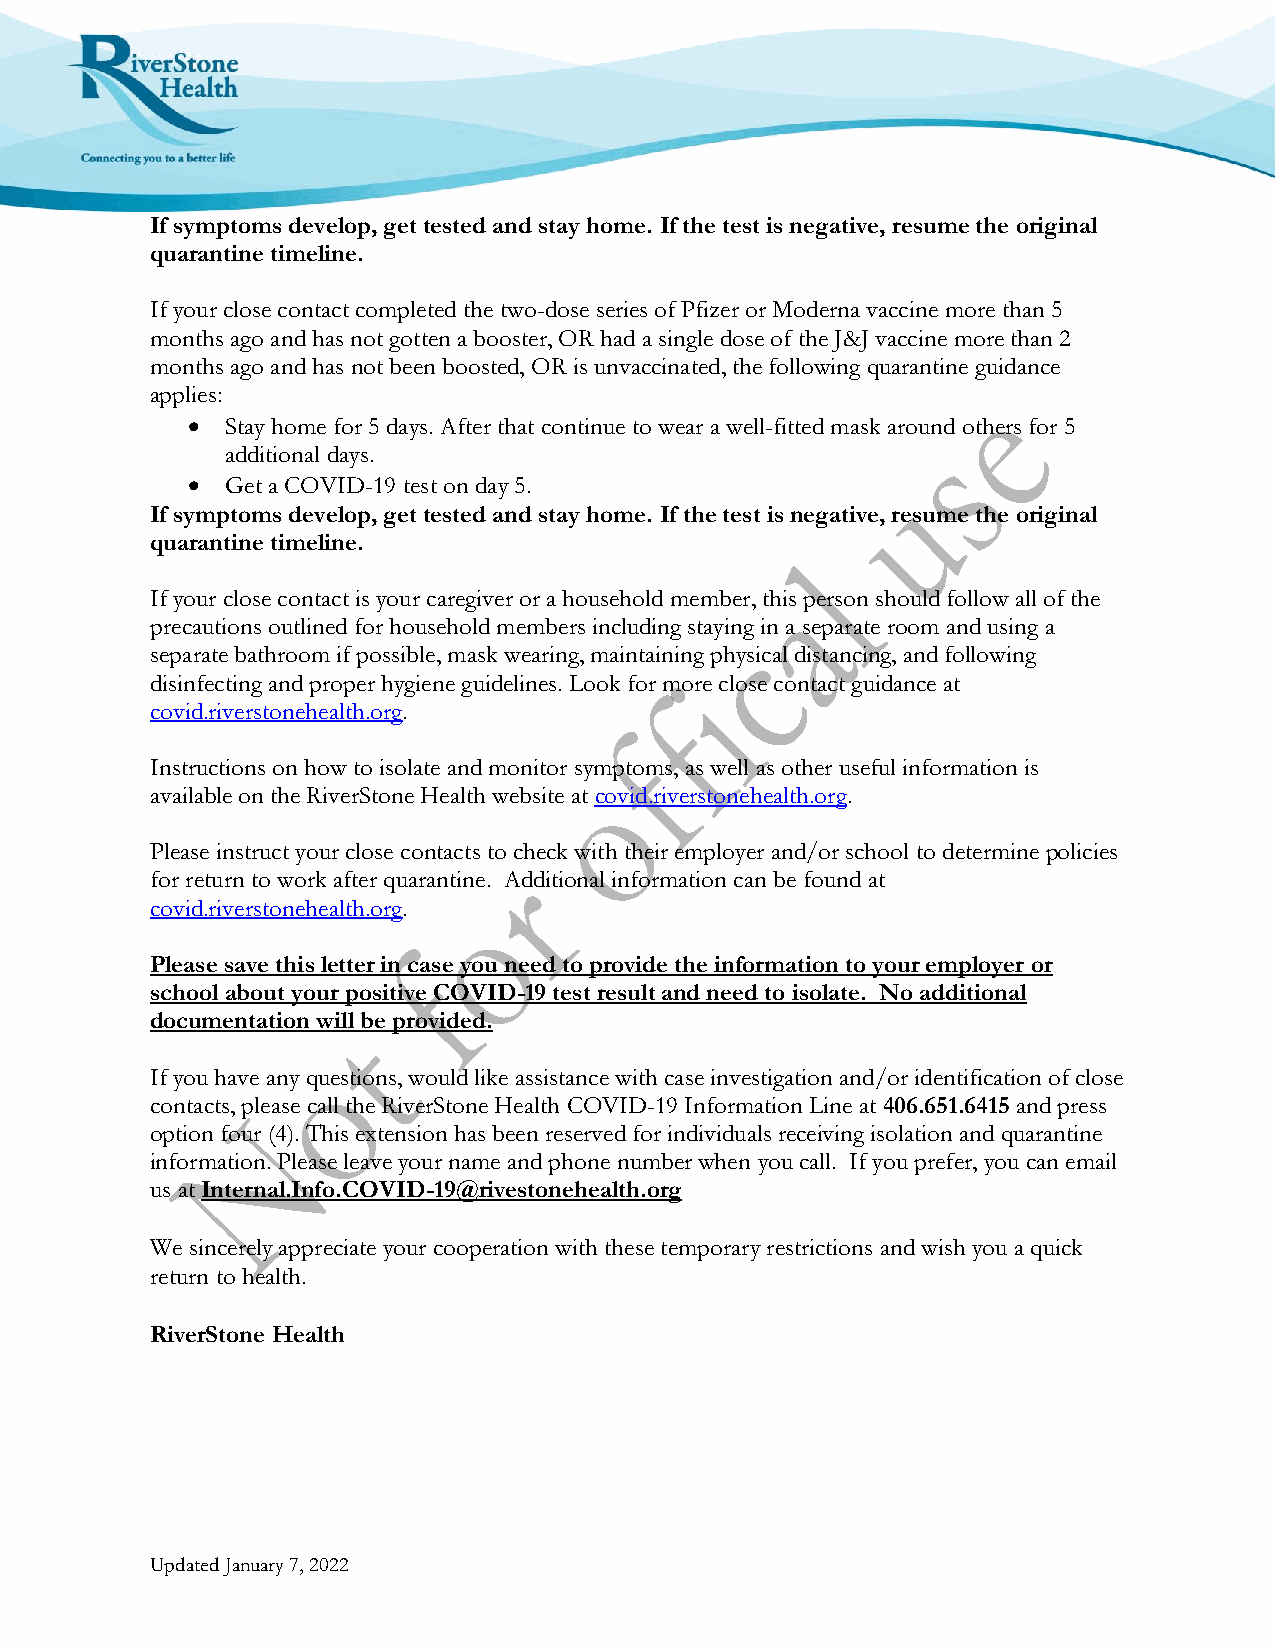
If symptoms develop, get tested and stay home. If the test is negative, resume the original
 quarantine timeline.
 If your close contact completed the two-dose series of Pfizer or Moderna vaccine more than 5
 months ago and has not gotten a booster, OR had a single dose of the J&J vaccine more than 2
 months ago and has not been boosted, OR is unvaccinated, the following quarantine guidance
 applies:
   Stay home for 5 days. After that continue to wear a well-fitted mask around others for 5
 additional days.
   Get a COVID-19 test on day 5.
 If symptoms develop, get tested and stay home. If the test is negative, resume the original
 quarantine timeline.
 If your close contact is your caregiver or a household member, this person should follow all of the
 precautions outlined for household members including staying in a separate room and using a
 separate bathroom if possible, mask wearing, maintaining physical distancing, and following
 disinfecting and proper hygiene guidelines. Look for more close contact guidance at
 covid.riverstonehealth.org.
 Instructions on how to isolate and monitor symptoms, as well as other useful information is
 available on the RiverStone Health website at covid.riverstonehealth.org.
 Please instruct your close contacts to check with their employer and/or school to determine policies
 for return to work after quarantine. Additional information can be found at
 covid.riverstonehealth.org.
 Please save this letter in case you need to provide the information to your employer or
 school about your positive COVID-19 test result and need to isolate. No additional
 documentation will be provided.
 If you have any questions, would like assistance with case investigation and/or identification of close
 contacts, please call the RiverStone Health COVID-19 Information Line at 406.651.6415 and press
 option four (4). This extension has been reserved for individuals receiving isolation and quarantine
 information. Please leave your name and phone number when you call. If you prefer, you can email
 us at Internal.Info.COVID-19@rivestonehealth.org
 We sincerely appreciate your cooperation with these temporary restrictions and wish you a quick
 return to health.
 RiverStone Health
 Updated January 7, 2022